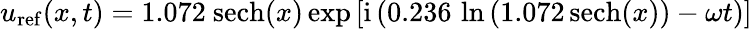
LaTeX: u_{\mathrm{ref}}(x,t)=1.072\ \mathrm{sech}(x)\exp\left[\mathrm{i}\left(0.236\, \ln\left(1.072\, \mathrm{sech}(x)\right)-\omega t\right)\right]